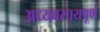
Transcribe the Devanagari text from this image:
अध्यवसायपूर्ण